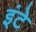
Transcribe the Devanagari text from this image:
इंटे